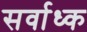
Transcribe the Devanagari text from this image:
सर्वाध्क